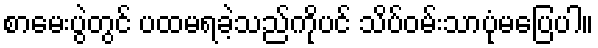
စာမေးပွဲတွင် ပထမရခဲ့သည်ကိုပင် သိပ်ဝမ်းသာပုံမပြေပါ။